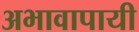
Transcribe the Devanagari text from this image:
अभावापायी